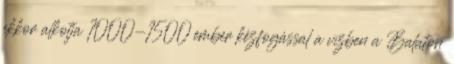
ekkor alkotja 1000-1500 ember kézfogással a vízben a Balaton